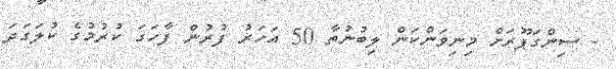
- ސިންގަޕޫރަށް މިނިވަންކަން ލިބުނުތާ 50 އަހަރު ފުރުން ފާހަގަ ކުރުމުގެ ކުލަގަދަ